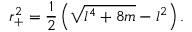
r _ { + } ^ { 2 } = \frac { 1 } { 2 } \left( \sqrt { l ^ { 4 } + 8 m } - l ^ { 2 } \right) .